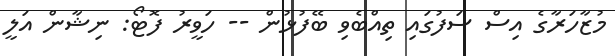
މުޒާހަރާގެ އިސް ސަފުގައި ތިއްބެވި ބޭފުޅުން -- ހަވީރު ފޮޓޯ: ނިޝާން އަލީ